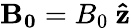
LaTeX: \mathbf{B_{0}}=B_{0}\ \mathbf{\hat{z}}